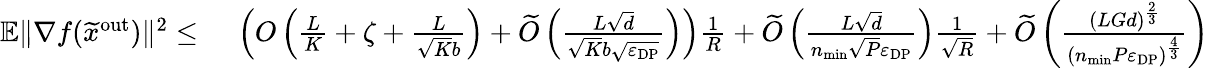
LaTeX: \begin{array}{rl}{\mathbb{E}\| \nabla f(\widetilde x^{\mathrm{out}})\| ^{2}\leq}&{\ \left(O\left(\frac{L}{K}+\zeta+\frac{L}{\sqrt{K}b}\right)+\widetilde O\left(\frac{L\sqrt{d}}{\sqrt{K}b\sqrt{\varepsilon_{\mathrm{DP}}}}\right)\right)\frac{1}{R}+\widetilde O\left(\frac{L\sqrt{d}}{n_{\mathrm{min}}\sqrt{P}\varepsilon_{\mathrm{DP}}}\right)\frac{1}{\sqrt{R}}+\widetilde O\left(\frac{(LGd)^{\frac{2}{3}}}{(n_{\mathrm{min}}P\varepsilon_{\mathrm{DP}})^{\frac{4}{3}}}\right)}\end{array}